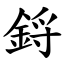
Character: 鋝